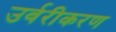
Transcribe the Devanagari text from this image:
उर्वरीकरण